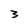
Character: 3